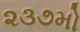
૨૩૭મો